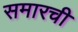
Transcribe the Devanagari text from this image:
समारची